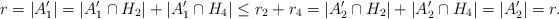
LaTeX: \begin{align*}r=|A'_1|=|A'_1\cap H_2|+|A'_1\cap H_4|\leq r_2+r_4=|A'_2\cap H_2|+|A'_2\cap H_4|= |A'_2|=r.\end{align*}